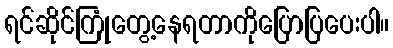
ရင်ဆိုင်ကြုံတွေ့နေရတာကိုပြောပြပေးပါ။